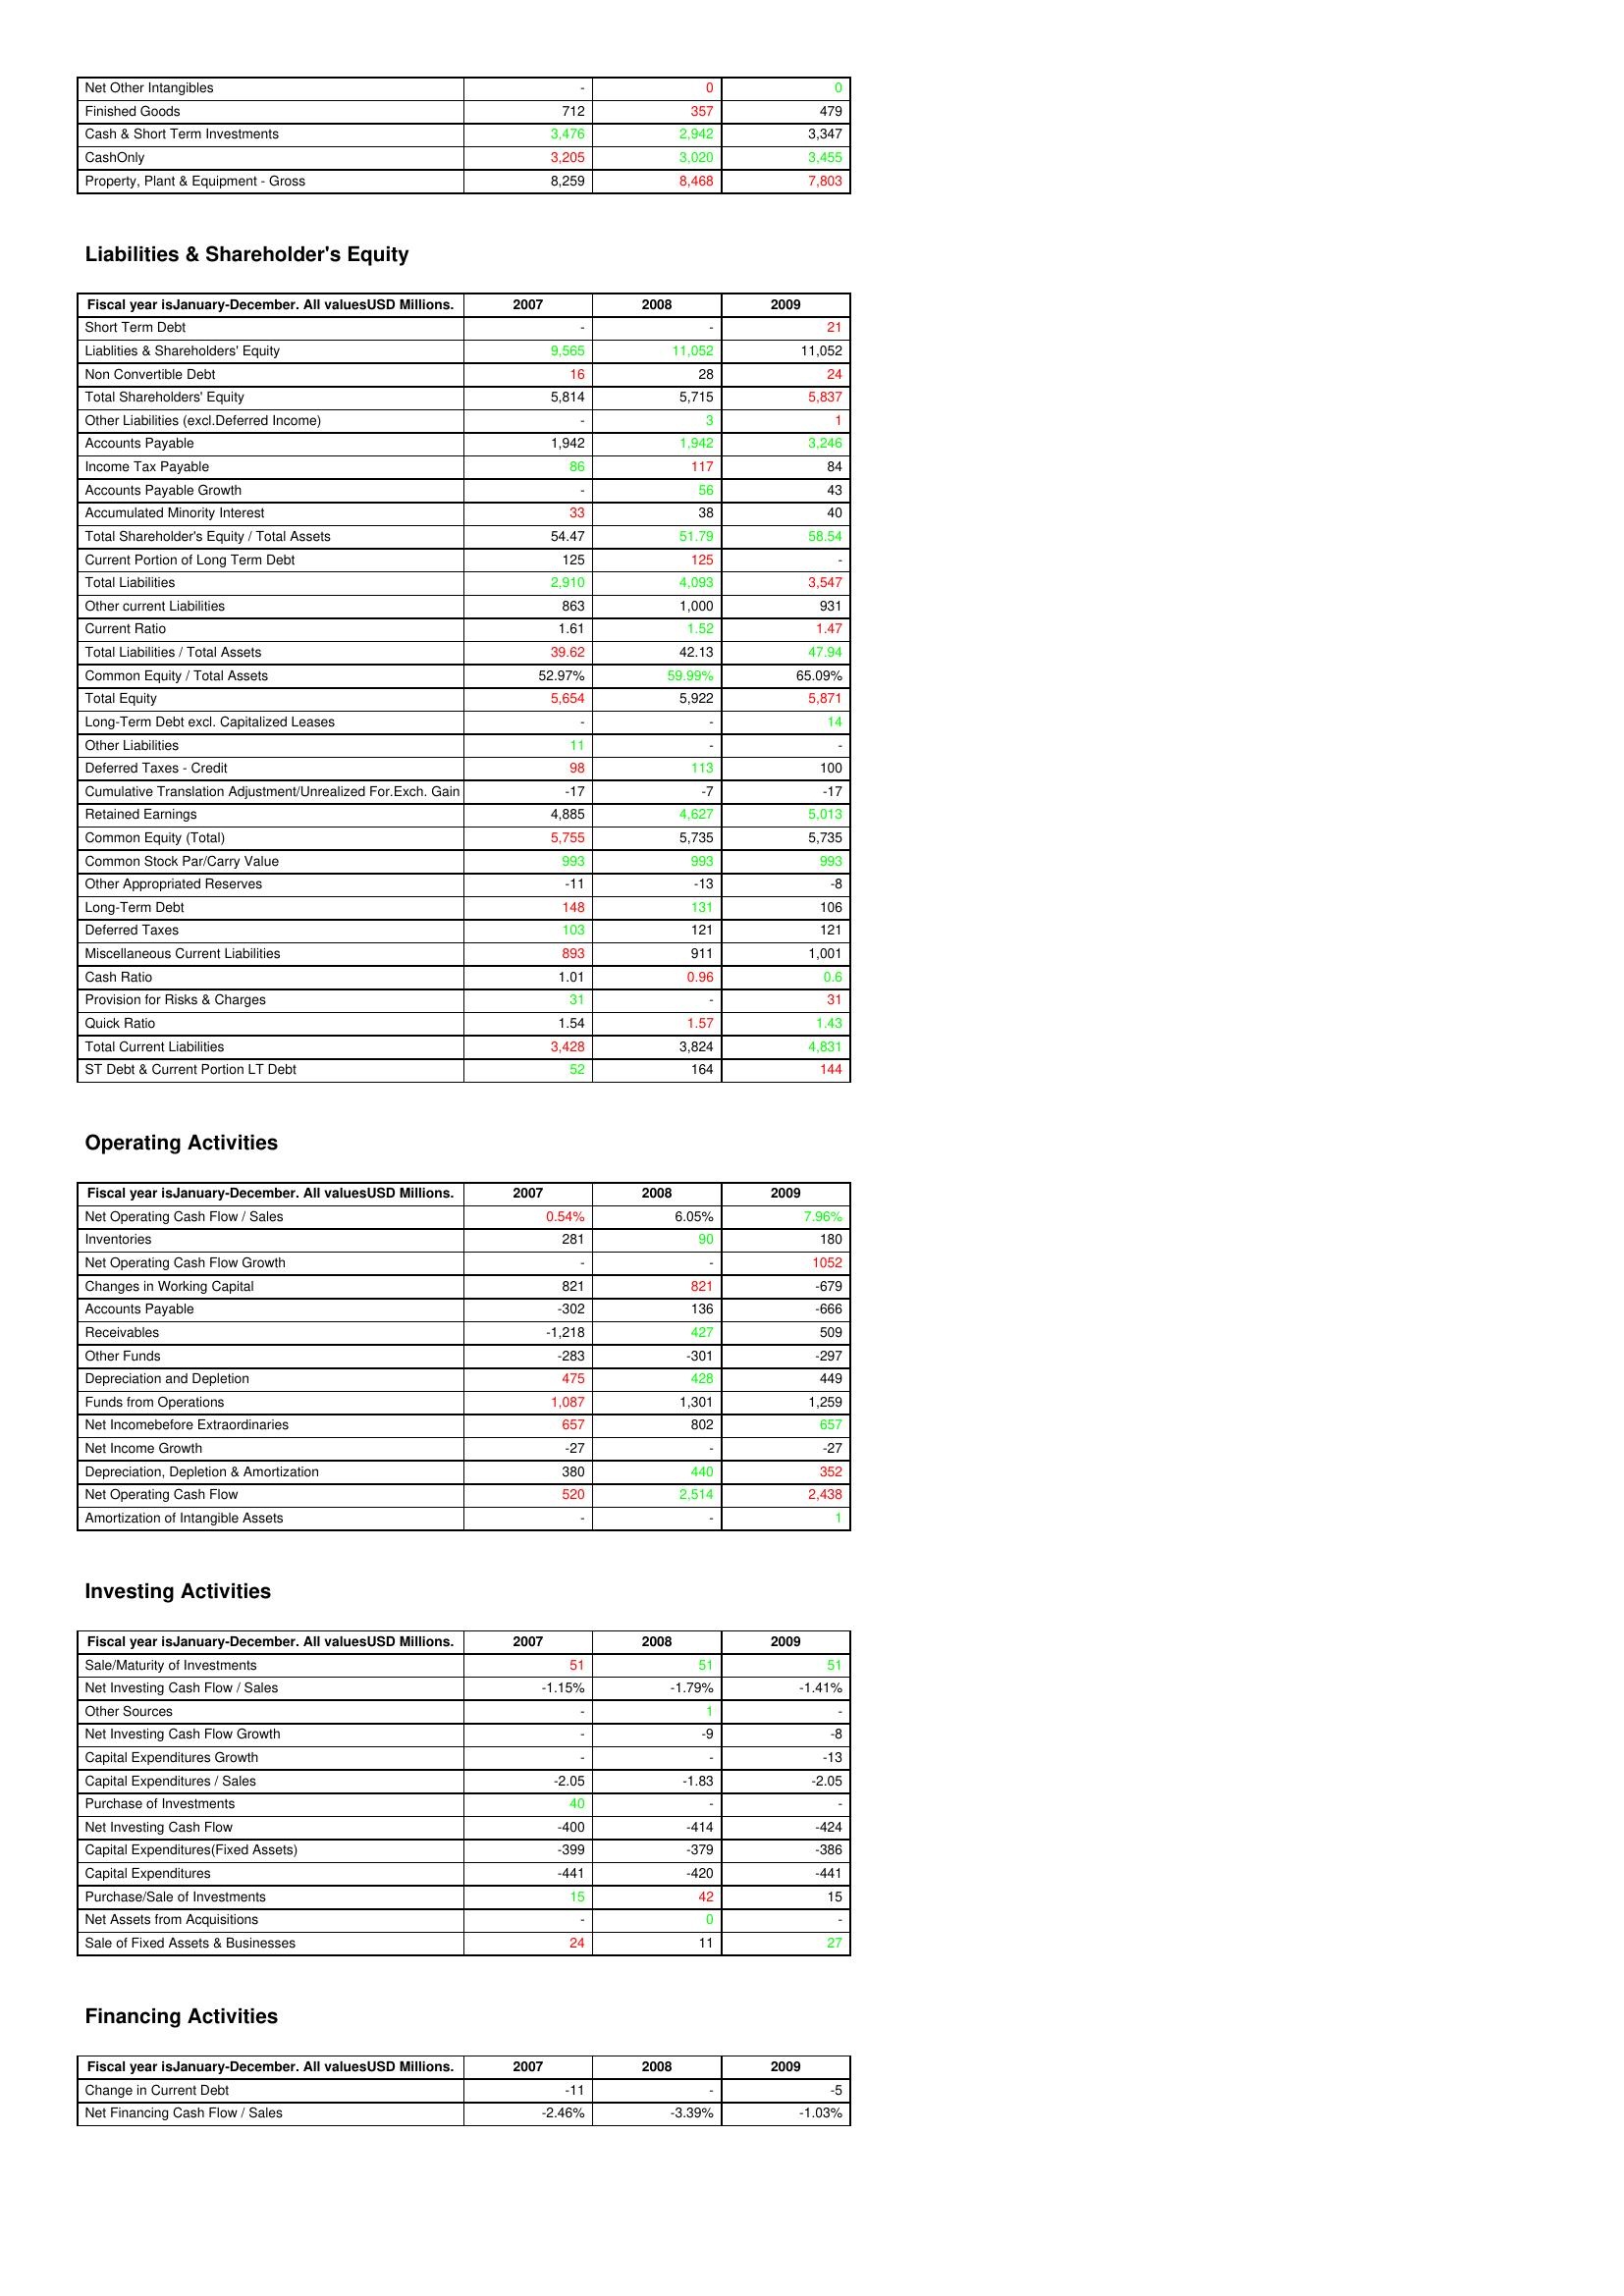
gt_parse: 2007: Assets: Net Other Intangibles: -
Finished Goods: 712
Cash & Short Term Investments: 3,476
CashOnly: 3,205
Property, Plant & Equipment - Gross : 8,259
Liabilities & Shareholder's Equity: Short Term Debt: -
Liablities & Shareholders' Equity: 9,565
Non Convertible Debt: 16
Total Shareholders' Equity: 5,814
Other Liabilities (excl.Deferred Income): -
Accounts Payable: 1,942
Income Tax Payable: 86
Accounts Payable Growth: -
Accumulated Minority Interest: 33
Total Shareholder's Equity / Total Assets: 54.47
Current Portion of Long Term Debt: 125
Total Liabilities: 2,910
Other current Liabilities: 863
Current Ratio: 1.61
Total Liabilities / Total Assets: 39.62
Common Equity / Total Assets: 52.97%
Total Equity: 5,654
Long-Term Debt excl. Capitalized Leases: -
Other Liabilities: 11
Deferred Taxes - Credit: 98
Cumulative Translation Adjustment/Unrealized For.Exch. Gain: -17
Retained Earnings: 4,885
Common Equity (Total): 5,755
Common Stock Par/Carry Value: 993
Other Appropriated Reserves: -11
Long-Term Debt: 148
Deferred Taxes: 103
Miscellaneous Current Liabilities: 893
Cash Ratio: 1.01
Provision for Risks & Charges: 31
Quick Ratio: 1.54
Total Current Liabilities: 3,428
ST Debt & Current Portion LT Debt: 52
Operating Activities: Net Operating Cash Flow / Sales: 0.54%
Inventories: 281
Net Operating Cash Flow Growth: -
Changes in Working Capital: 821
Accounts Payable: -302
Receivables: -1,218
Other Funds: -283
Depreciation and Depletion: 475
Funds from Operations: 1,087
Net Incomebefore Extraordinaries: 657
Net Income Growth: -27
Depreciation, Depletion & Amortization: 380
Net Operating Cash Flow: 520
Amortization of Intangible Assets: -
Investing Activities: Sale/Maturity of Investments: 51
Net Investing Cash Flow / Sales: -1.15%
Other Sources: -
Net Investing Cash Flow Growth: -
Capital Expenditures Growth: -
Capital Expenditures / Sales: -2.05
Purchase of Investments: 40
Net Investing Cash Flow: -400
Capital Expenditures(Fixed Assets): -399
Capital Expenditures: -441
Purchase/Sale of Investments: 15
Net Assets from Acquisitions: -
Sale of Fixed Assets & Businesses: 24
Financing Activities: Change in Current Debt: -11
Net Financing Cash Flow / Sales: -2.46%
2008: Assets: Net Other Intangibles: 0
Finished Goods: 357
Cash & Short Term Investments: 2,942
CashOnly: 3,020
Property, Plant & Equipment - Gross : 8,468
Liabilities & Shareholder's Equity: Short Term Debt: -
Liablities & Shareholders' Equity: 11,052
Non Convertible Debt: 28
Total Shareholders' Equity: 5,715
Other Liabilities (excl.Deferred Income): 3
Accounts Payable: 1,942
Income Tax Payable: 117
Accounts Payable Growth: 56
Accumulated Minority Interest: 38
Total Shareholder's Equity / Total Assets: 51.79
Current Portion of Long Term Debt: 125
Total Liabilities: 4,093
Other current Liabilities: 1,000
Current Ratio: 1.52
Total Liabilities / Total Assets: 42.13
Common Equity / Total Assets: 59.99%
Total Equity: 5,922
Long-Term Debt excl. Capitalized Leases: -
Other Liabilities: -
Deferred Taxes - Credit: 113
Cumulative Translation Adjustment/Unrealized For.Exch. Gain: -7
Retained Earnings: 4,627
Common Equity (Total): 5,735
Common Stock Par/Carry Value: 993
Other Appropriated Reserves: -13
Long-Term Debt: 131
Deferred Taxes: 121
Miscellaneous Current Liabilities: 911
Cash Ratio: 0.96
Provision for Risks & Charges: -
Quick Ratio: 1.57
Total Current Liabilities: 3,824
ST Debt & Current Portion LT Debt: 164
Operating Activities: Net Operating Cash Flow / Sales: 6.05%
Inventories: 90
Net Operating Cash Flow Growth: -
Changes in Working Capital: 821
Accounts Payable: 136
Receivables: 427
Other Funds: -301
Depreciation and Depletion: 428
Funds from Operations: 1,301
Net Incomebefore Extraordinaries: 802
Net Income Growth: -
Depreciation, Depletion & Amortization: 440
Net Operating Cash Flow: 2,514
Amortization of Intangible Assets: -
Investing Activities: Sale/Maturity of Investments: 51
Net Investing Cash Flow / Sales: -1.79%
Other Sources: 1
Net Investing Cash Flow Growth: -9
Capital Expenditures Growth: -
Capital Expenditures / Sales: -1.83
Purchase of Investments: -
Net Investing Cash Flow: -414
Capital Expenditures(Fixed Assets): -379
Capital Expenditures: -420
Purchase/Sale of Investments: 42
Net Assets from Acquisitions: 0
Sale of Fixed Assets & Businesses: 11
Financing Activities: Change in Current Debt: -
Net Financing Cash Flow / Sales: -3.39%
2009: Assets: Net Other Intangibles: 0
Finished Goods: 479
Cash & Short Term Investments: 3,347
CashOnly: 3,455
Property, Plant & Equipment - Gross : 7,803
Liabilities & Shareholder's Equity: Short Term Debt: 21
Liablities & Shareholders' Equity: 11,052
Non Convertible Debt: 24
Total Shareholders' Equity: 5,837
Other Liabilities (excl.Deferred Income): 1
Accounts Payable: 3,246
Income Tax Payable: 84
Accounts Payable Growth: 43
Accumulated Minority Interest: 40
Total Shareholder's Equity / Total Assets: 58.54
Current Portion of Long Term Debt: -
Total Liabilities: 3,547
Other current Liabilities: 931
Current Ratio: 1.47
Total Liabilities / Total Assets: 47.94
Common Equity / Total Assets: 65.09%
Total Equity: 5,871
Long-Term Debt excl. Capitalized Leases: 14
Other Liabilities: -
Deferred Taxes - Credit: 100
Cumulative Translation Adjustment/Unrealized For.Exch. Gain: -17
Retained Earnings: 5,013
Common Equity (Total): 5,735
Common Stock Par/Carry Value: 993
Other Appropriated Reserves: -8
Long-Term Debt: 106
Deferred Taxes: 121
Miscellaneous Current Liabilities: 1,001
Cash Ratio: 0.6
Provision for Risks & Charges: 31
Quick Ratio: 1.43
Total Current Liabilities: 4,831
ST Debt & Current Portion LT Debt: 144
Operating Activities: Net Operating Cash Flow / Sales: 7.96%
Inventories: 180
Net Operating Cash Flow Growth: 1052
Changes in Working Capital: -679
Accounts Payable: -666
Receivables: 509
Other Funds: -297
Depreciation and Depletion: 449
Funds from Operations: 1,259
Net Incomebefore Extraordinaries: 657
Net Income Growth: -27
Depreciation, Depletion & Amortization: 352
Net Operating Cash Flow: 2,438
Amortization of Intangible Assets: 1
Investing Activities: Sale/Maturity of Investments: 51
Net Investing Cash Flow / Sales: -1.41%
Other Sources: -
Net Investing Cash Flow Growth: -8
Capital Expenditures Growth: -13
Capital Expenditures / Sales: -2.05
Purchase of Investments: -
Net Investing Cash Flow: -424
Capital Expenditures(Fixed Assets): -386
Capital Expenditures: -441
Purchase/Sale of Investments: 15
Net Assets from Acquisitions: -
Sale of Fixed Assets & Businesses: 27
Financing Activities: Change in Current Debt: -5
Net Financing Cash Flow / Sales: -1.03%